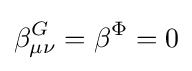
\beta _{\mu \nu }^{G}=\beta ^{\Phi }=0